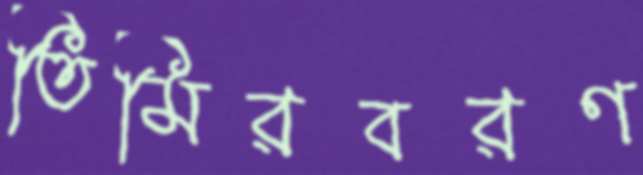
তিমিরবরণ